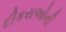
દીકરાઓની